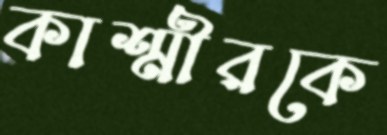
কাশ্মীরকে